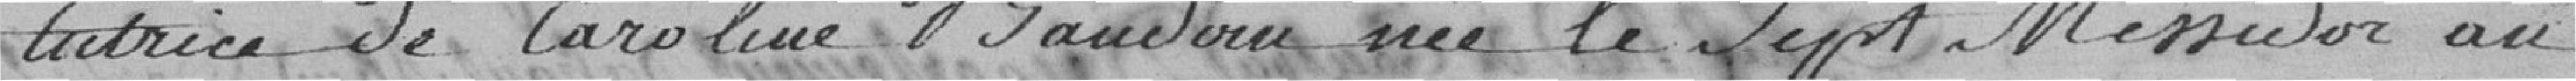
tutrice de Caroline Baudoin née le sept Messidor an